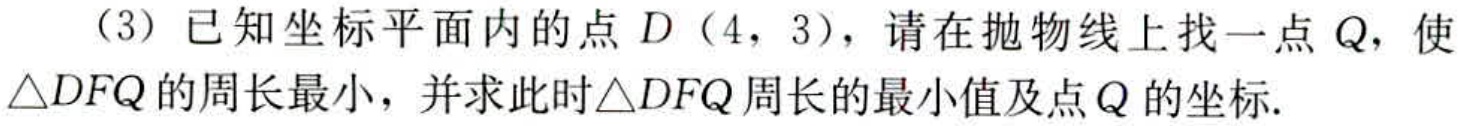
（3）已知坐标平面内的点\(D(4,3)\)，请在抛物线上找一点\(Q\)，使\(\triangle DFQ\)的周长最小，并求此时\(\triangle DFQ\)周长的最小值及点\(Q\)的坐标.